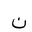
Letter: _non